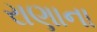
રાણાના